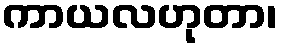
ကာယလဟုတာ၊